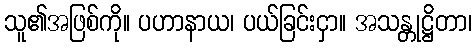
သူ၏အဖြစ်ကို။ ပဟာနာယ၊ ပယ်ခြင်းငှာ။ အသန္တုဋ္ဌိတာ၊